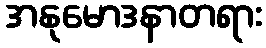
အနုမောဒနာတရား